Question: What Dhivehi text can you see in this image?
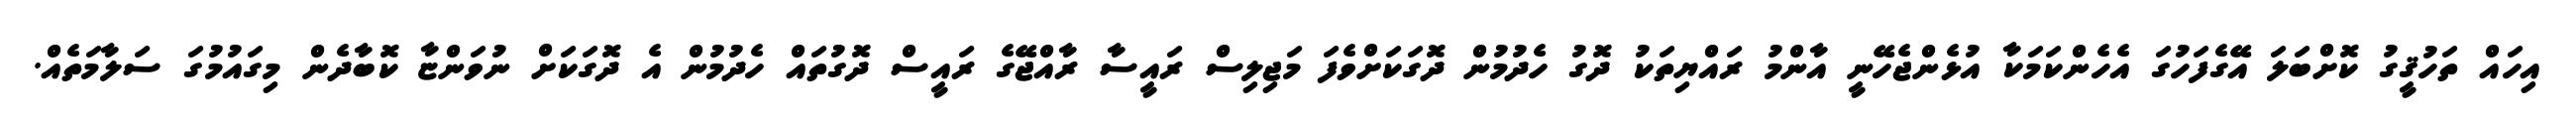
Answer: އިހައް ތަހުޤީގު ކޮށްބަލަ އޭގެފަހުގަ އެހެންކަމަކާ އުޅެންޖެހޭނީ އާންމު ރައްޔިތަކު ދޮގު ހެދުމުން ދޮގަކަށްވެފަ މަޖިލިސް ރައީސާ ރާއްޖޭގެ ރައީސް ދޮގުތައް ހެދުމުން އެ ދޮގަކަށް ނުވަންޏާ ކޮބާދެން މިގައުމުގަ ސަލާމަތެއް.